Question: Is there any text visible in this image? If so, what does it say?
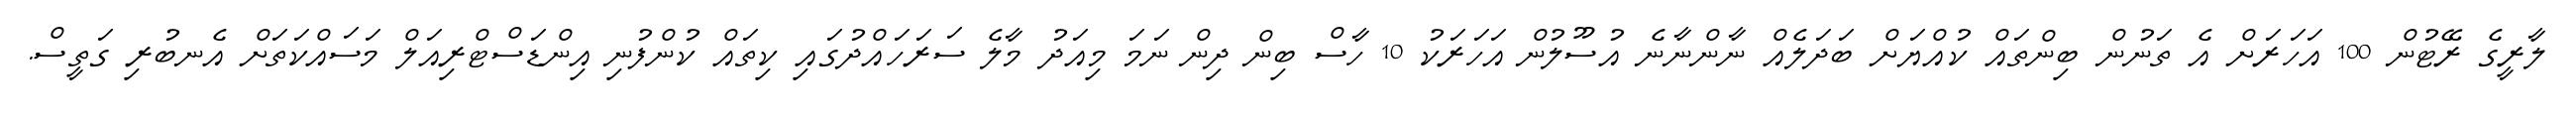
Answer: ލާރީގެ ރޭޓުން 100 އަހަރަށް އެ ތަނުން ބިންތައް ކުއްޔަށް ބަދަލެއް ނާންނާނެ އުސޫލުން އަހަރަކު 10 ހާސް ބިން ދިން ނަމަ މިއަދު މާލެ ސަރަހައްދުގައި ކިތައް ކުންފުނި އިންޑަސްޓްރިއަލް މަސައްކަތަށް އެނބުރި ގަތީސް.